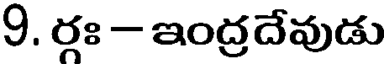
9. రః - ఇంద్రదేవుడు